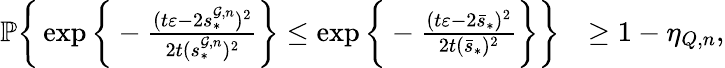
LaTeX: \begin{array}{rl}{\mathbb{P}\bigg\{ \exp\bigg\{ -\frac{(t\varepsilon-2s_{*}^{\mathcal{G},n})^{2}}{2t(s_{*}^{\mathcal{G},n})^{2}}\bigg\} \le\exp\bigg\{ -\frac{(t\varepsilon-2\bar{s}_{*})^{2}}{2t(\bar{s}_{*})^{2}}\bigg\} \bigg\} }&{\ge 1-\eta_{Q,n},}\end{array}